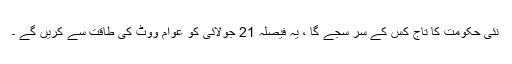
نئی حکومت کا تاج کِس کے سر سجے گا ، یہ فیصلہ 21 جولائی کو عوام ووٹ کی طاقت سے کریں گے ۔